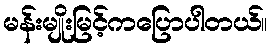
မန်းမျိုးမြင့်ကပြောပါတယ်။